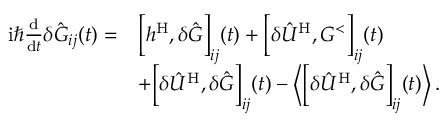
\begin{array} { r l } { \mathrm { i } \hbar \frac { \mathrm { d } } { \mathrm { d } t } \delta \hat { G } _ { i j } ( t ) = } & { \Big [ h ^ { \mathrm { H } } , \delta \hat { G } \Big ] _ { i j } ( t ) + \Big [ \delta \hat { U } ^ { \mathrm { H } } , G ^ { < } \Big ] _ { i j } ( t ) } \\ & { + \Big [ \delta \hat { U } ^ { \mathrm { H } } , \delta \hat { G } \Big ] _ { i j } ( t ) - \Big \langle \Big [ \delta \hat { U } ^ { \mathrm { H } } , \delta \hat { G } \Big ] _ { i j } ( t ) \Big \rangle \, . } \end{array}